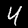
Digit: 4